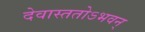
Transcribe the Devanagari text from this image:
देवास्ततोऽभवन्